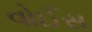
વોઈસ